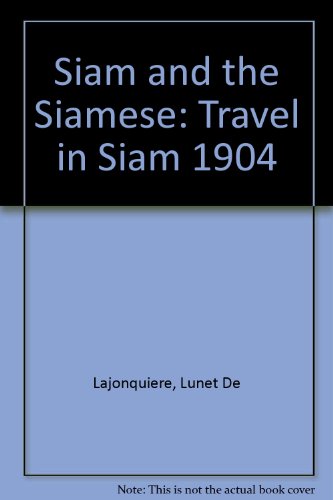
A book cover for Siam and the Siamese Travels in Thailand and Burma in 1904; Lunet De Lajonquiere; Travel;